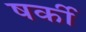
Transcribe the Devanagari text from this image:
षर्की